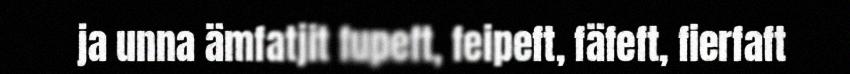
ja unna ämfatjit fupeft, feipeft, fäfeft, fierfaft